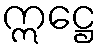
ဣဋ္ဌေ